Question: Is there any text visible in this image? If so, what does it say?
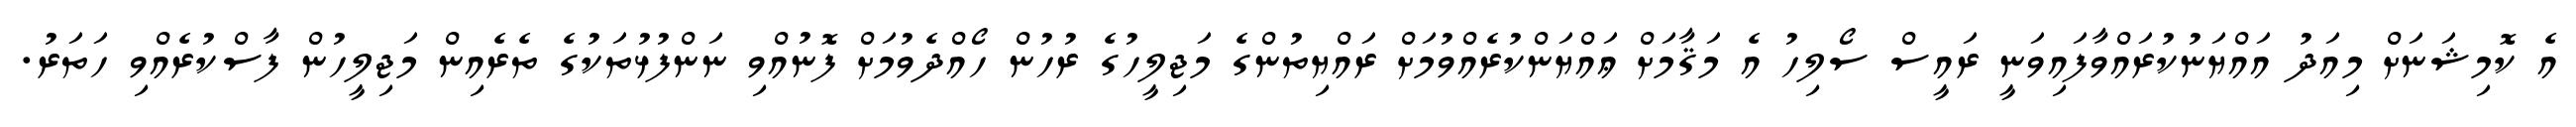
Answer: އެ ކޮމިޝަނަށް މިއަދު އައްޔަނުކުރައްވާފައިވަނީ ރައީސް ސޯލިހު އެ މަޤާމަށް ޢައްޔަންކުރެއްވުމަށް ރައްޔިތުންގެ މަޖިލީހުގެ ރުހުން ހޯއްދެވުމަށް ފޮނުއްވި ނަންފުޅުތަކުގެ ތެރެއިން މަޖިލީހުން ފާސްކުރެއްވި ހަތަރު.